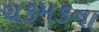
ચકમકના